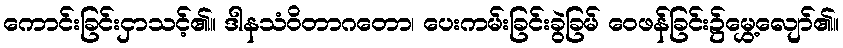
ကောင်းခြင်းငှာသင့်၏။ ဒါနသံဝိတာဂတော၊ ပေးကမ်းခြင်းခွဲခြမ် ဝေဖန်ခြင်း၌မွှေ့လျော်၏။